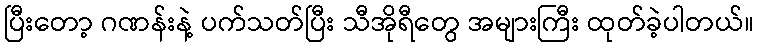
ပြီးတော့ ဂဏန်းနဲ့ ပက်သတ်ပြီး သီအိုရီတွေ အများကြီး ထုတ်ခဲ့ပါတယ်။